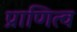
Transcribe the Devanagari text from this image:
प्राणित्व